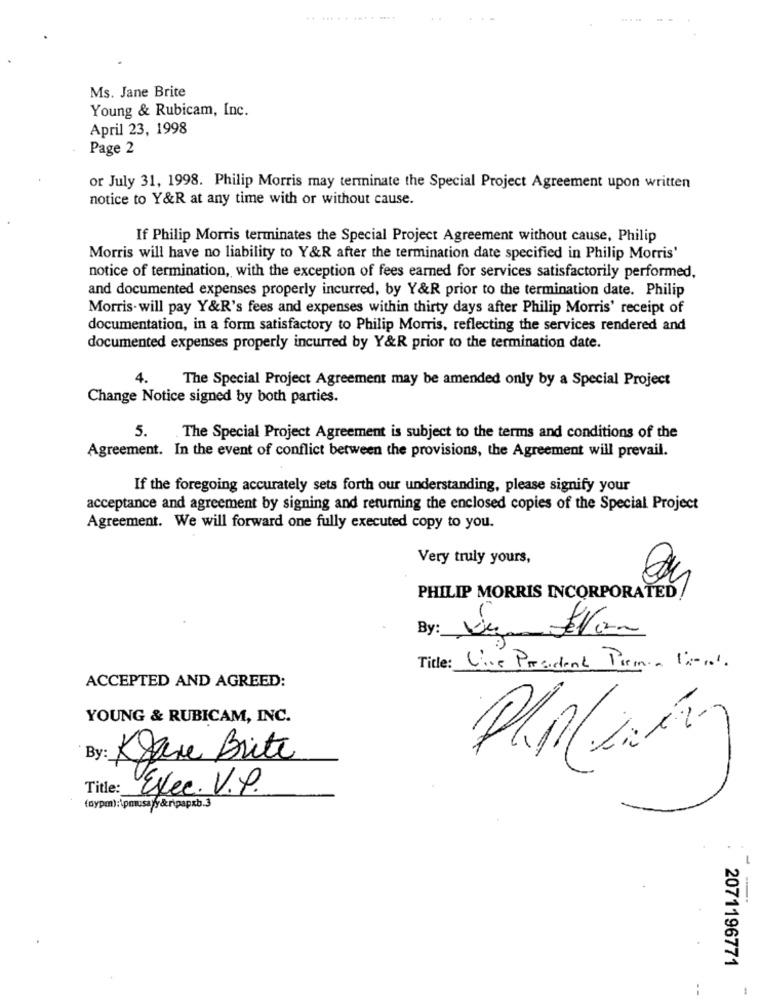
Ms. Jane Brite
Young & Rubicam, Inc.
April 23, 1998
Page 2
or July 31, 1998. Philip Morris may terminate the Special Project Agreement upon written
notice to Y&R at any time with or without cause.
If Philip Morris terminates the Special Project Agreement without cause, Philip
Morris will have no liability to Y&R after the termination date specified in Philip Morris'
notice of termination, with the exception of fees earned for services satisfactorily performed.
and documented expenses properly incurred, by Y&R prior to the termination date. Philip
Morris-will pay Y&R's fees and expenses within thirty days after Philip Morris' receipt of
documentation, in a form satisfactory to Philip Morris, reflecting the services rendered and
documented expenses properly incurred by Y&R prior to the termination date.
4.
The Special Project Agreement may be amended only by a Special Project
Change Notice signed by both parties.
5.
.The Special Project Agreement is subject to the terms and conditions of the
Agreement. In the event of conflict between the provisions, the Agreement will prevail.
If the foregoing accurately sets forth our understanding, please signify your
acceptance and agreement by signing and returning the enclosed copies of the Special Project
Agreement. We will forward one fully executed copy to you.
Very truly yours,
PHILIP MORRIS INCORPORATED
By:
Title:
Vice President Permia 12-001.
ACCEPTED AND AGREED:
YOUNG & RUBICAM, INC.
By:
Klare Brite
Exec. V.P.
(aypm):\pmusa/y&rpapxb.3
-
2071196771
1